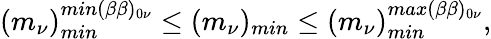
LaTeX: (m_{\nu})_{min}^{min(\beta\beta)_{0\nu}}\leq(m_{\nu})_{min}\leq(m_{\nu})_{min}^{max(\beta\beta)_{0\nu}},